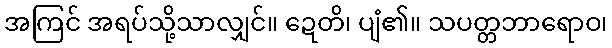
အကြင် အရပ်သို့သာလျှင်။ ဍေတိ၊ ပျံ၏။ သပတ္တဘာရောဝ၊